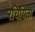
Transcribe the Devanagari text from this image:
रचियिता